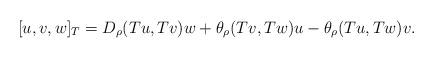
LaTeX: \begin{align*}[u, v, w]_T=D_{\rho}(T u, Tv)w + \theta_{\rho}(Tv, Tw)u-\theta_{\rho}(T u, Tw)v.\end{align*}